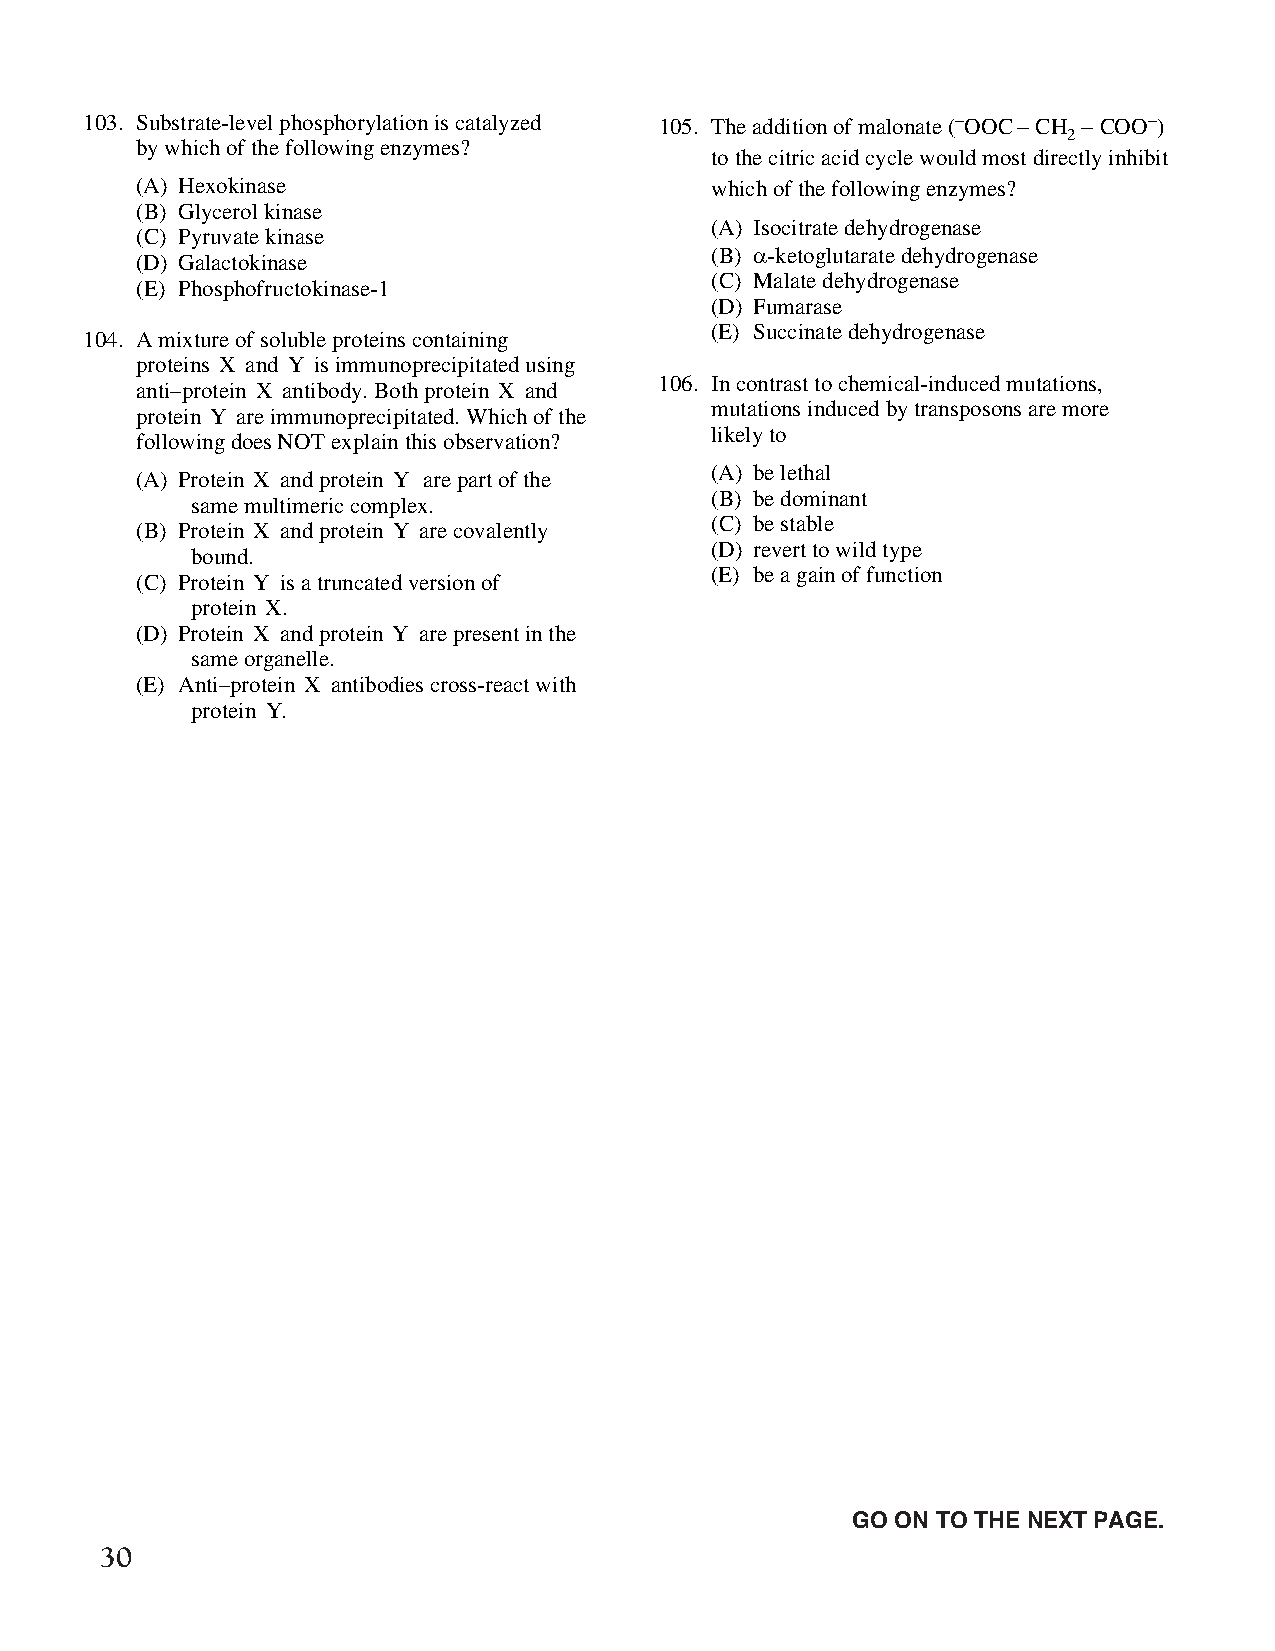
103. Substrate-level phosphorylation is catalyzed 105. The addition of malonate (-OOC - CH -COO-)
 2
 by which of the following enzymes?
 to the citric acid cycle would most directly inhibit
 (A) Hexokinase                        which of the following enzymes?
 (B) Glycerol kinase
 (A) Isocitrate dehydrogenase
 (C) Pyruvate kinase
 (B) α-ketoglutarate dehydrogenase
 (D) Galactokinase
 (C) Malate dehydrogenase
 (E) Phosphofructokinase-1
 (D) Fumarase
 (E) Succinate dehydrogenase
 104. A mixture of soluble proteins containing
 proteins X and Y is immunoprecipitated using
 106. In contrast to chemical-induced mutations,
 anti–protein X antibody. Both protein X and
 mutations induced by transposons are more
 protein Y are immunoprecipitated. Which of the
 likely to
 following does NOT explain this observation?
 (A) be lethal
 (A) Protein X and protein Y are part of the
 (B) be dominant
 same multimeric complex.
 (C) be stable
 (B) Protein X and protein Y are covalently
 (D) revert to wild type
 bound.
 (E) be a gain of function
 (C) Protein Y is a truncated version of
 protein X.
 (D) Protein X and protein Y are present in the
 same organelle.
 (E) Anti–protein X antibodies cross-react with
 protein Y.
 Unauthorized copying or reuse of
 any part of this page is illegal.               GO ON TO THE NEXT PAGE.
 30
 GO ON TO THE NEXT PAGE.
 -22-
 007884-72507 GRE Biochemistry Test Practise Book • Dr01 4/17/08 ta • Dr02 5/7/08 ta • Dr03 5/20/08 ta • [NEW 108353] • CS6 • Dr01 5/1/15 jw • [New
 Job] 007884-113203 Drft01 3/22/16 ew